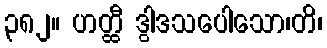
၃၈၂။ ဟတ္ထီ ဒွါဒသပေါသော၊တိ၊